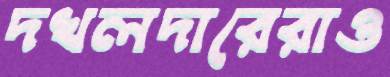
দখলদারেরাও